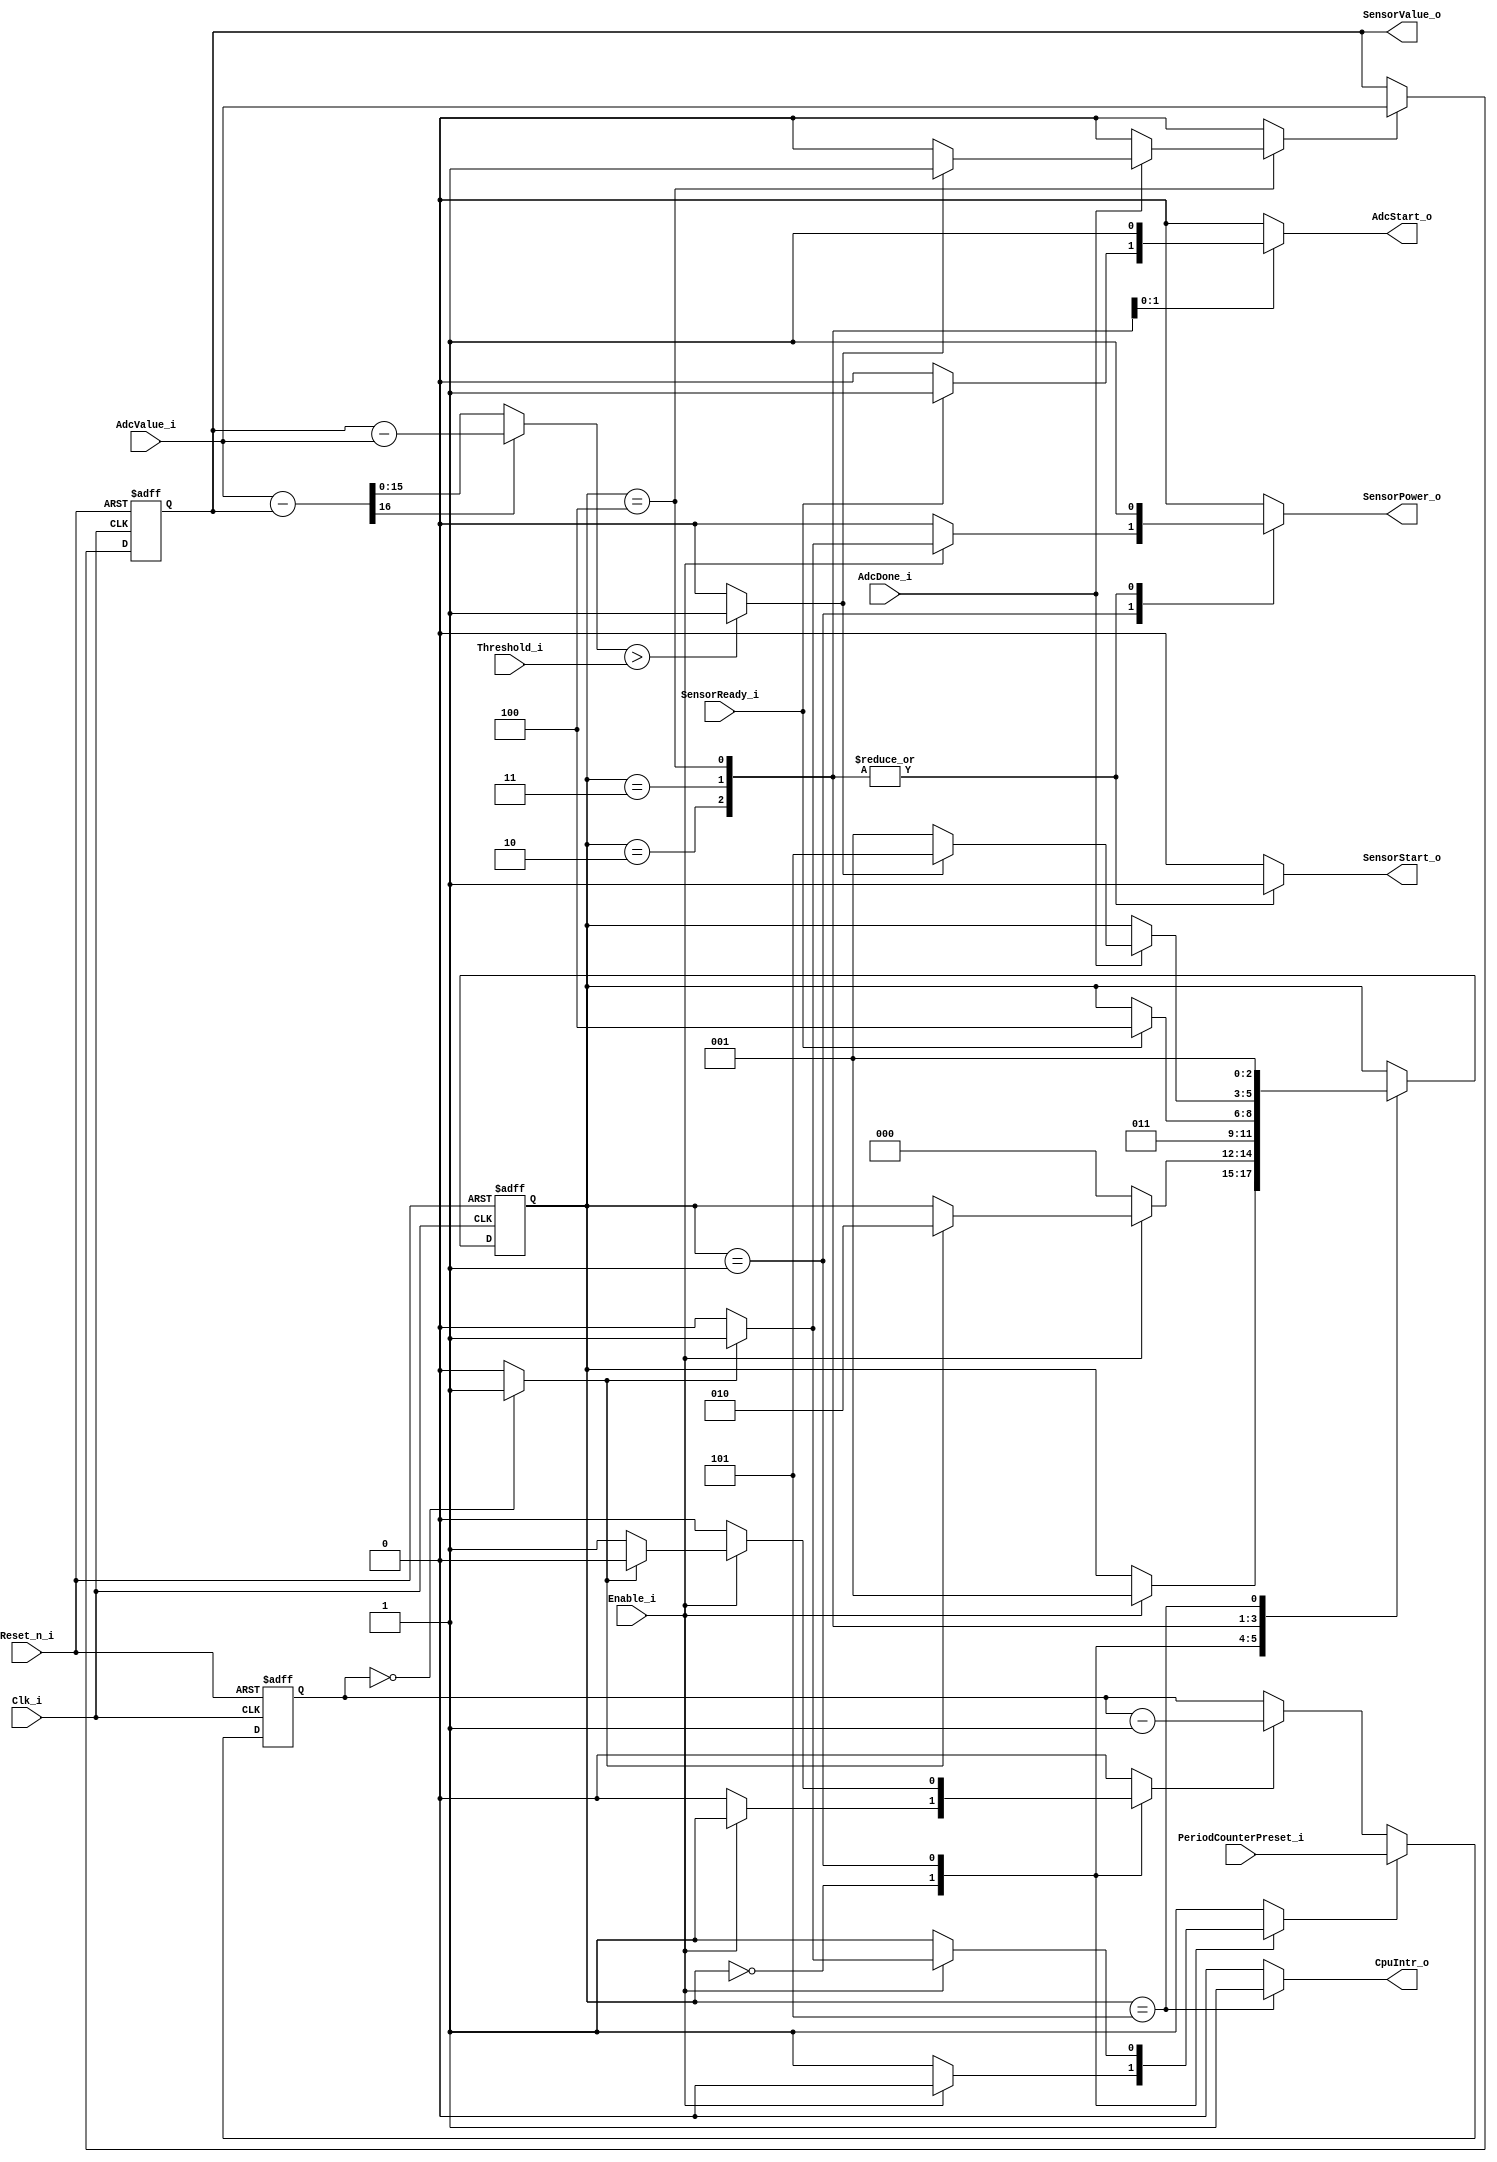
module ExtADC (
  (* intersynth_port = "Reset_n_i" *)
  input Reset_n_i,
  (* intersynth_port = "Clk_i" *)
  input Clk_i,
  (* intersynth_port = "ReconfModuleIn_s", intersynth_conntype = "Bit" *)
  input Enable_i,
  (* intersynth_port = "ReconfModuleIRQs_s", intersynth_conntype = "Bit" *)
  output reg CpuIntr_o,
  (* intersynth_port = "Outputs_o", intersynth_conntype = "Bit" *)
  output reg SensorPower_o,
  (* intersynth_port = "Outputs_o", intersynth_conntype = "Bit" *)
  output reg SensorStart_o,
  (* intersynth_port = "Inputs_i", intersynth_conntype = "Bit" *)
  input SensorReady_i,
  (* intersynth_port = "AdcDoConvert_o", intersynth_conntype = "Bit" *)
  output reg AdcStart_o,
  (* intersynth_port = "AdcConvComplete_i", intersynth_conntype = "Bit" *)
  input AdcDone_i,
  (* intersynth_port = "AdcValue_i", intersynth_conntype = "Word" *)
  input[15:0] AdcValue_i,
  (* intersynth_param = "PeriodCounterPreset_i", intersynth_conntype = "Word" *)
  input[15:0] PeriodCounterPreset_i,
  (* intersynth_param = "SensorValue_o", intersynth_conntype = "Word" *)
  output [15:0] SensorValue_o,
  (* intersynth_param = "Threshold_i", intersynth_conntype = "Word" *)
  input[15:0] Threshold_i
);

  // Sensor FSM
  localparam stDisabled     = 3'b000;
  localparam stIdle         = 3'b001;
  localparam stSensorPower  = 3'b010;
  localparam stSensorSettle = 3'b011;
  localparam stMeasure      = 3'b100;
  localparam stNotify       = 3'b101;
  reg  [2:0]             State;
  reg  [2:0]             NextState;
  wire                   TimerOvfl;
  reg                    TimerPreset;
  reg                    TimerEnable;
  wire                   DiffTooLarge;
  reg                    StoreNewValue;

  always @(negedge Reset_n_i or posedge Clk_i)
  begin
    if (!Reset_n_i)
    begin
      State <= stDisabled;
    end
    else
    begin // rising clock edge
      // state register
      State <= NextState;
    end  
  end

  always @(State, Enable_i, TimerOvfl, SensorReady_i, AdcDone_i, DiffTooLarge)
  begin  // process CombProc
    NextState     = State;
    // control signal default values
    TimerPreset   = 1'b1;
    TimerEnable   = 1'b0;
    SensorPower_o = 1'b0;
    SensorStart_o = 1'b0;
    AdcStart_o    = 1'b0;
    StoreNewValue = 1'b0;
    CpuIntr_o     = 1'b0;
    // next state and output logic
    case (State)
      stDisabled: begin
        if (Enable_i == 1'b1)
        begin
          NextState     = stIdle;
          TimerPreset   = 1'b0;
          TimerEnable   = 1'b1;
        end
      end
      stIdle: begin
        if (Enable_i == 1'b0)
        begin
          NextState     = stDisabled;
        end
        else
        if (TimerOvfl == 1'b1)
        begin
          NextState     = stSensorPower;
          SensorPower_o = 1'b1;
        end
        else
        begin
          TimerPreset   = 1'b0;
          TimerEnable   = 1'b1;
        end
      end
      stSensorPower: begin
        SensorPower_o = 1'b1;
        SensorStart_o = 1'b1;
        NextState     = stSensorSettle;
      end
      stSensorSettle: begin
        SensorPower_o = 1'b1;
        SensorStart_o = 1'b1;
        if (SensorReady_i == 1'b1) 
        begin
          NextState     = stMeasure;
          AdcStart_o    = 1'b1;
        end
      end
      stMeasure: begin
        SensorPower_o = 1'b1;
        SensorStart_o = 1'b1;
        AdcStart_o    = 1'b1;
        if (AdcDone_i == 1'b1)
        begin
          if (DiffTooLarge == 1'b1)
          begin
            NextState     = stNotify;
            StoreNewValue = 1'b1;  // store new value
          end
          else
          begin
            NextState     = stIdle;
          end
        end
      end
      stNotify: begin
        NextState     = stIdle;
        CpuIntr_o     = 1'b1;  // notify CPU
      end
      default: begin
      end
    endcase
  end 

  /////////////////////////////////////////////////////////////////////////////
  // Word Arithmetic //////////////////////////////////////////////////////////
  /////////////////////////////////////////////////////////////////////////////

  reg [15:0] Timer;
  
  always @(negedge Reset_n_i or posedge Clk_i)
  begin
    if (!Reset_n_i)
    begin
      Timer <= 16'd0;
    end
    else
    begin
      if (TimerPreset)
      begin
        Timer <= PeriodCounterPreset_i;
      end
      else if (TimerEnable)
      begin
        Timer <= Timer - 1'b1;
      end
    end  
  end

  assign TimerOvfl = (Timer == 0) ? 1'b1 : 1'b0;

  /////////////////////////////////////////////////////////////////////////////
  // Word Arithmetic
  // interconnecting signals
  reg  [15:0] Word0;
  wire [15:0] AbsDiffResult;

  always @(negedge Reset_n_i or posedge Clk_i)
  begin
    if (!Reset_n_i)
    begin
      Word0 <= 16'd0;
    end
    else
    begin
      if (StoreNewValue)
      begin
        Word0 <= AdcValue_i;
      end
    end  
  end

  wire [16:0] DiffAB;
  wire [15:0] DiffBA;
  assign DiffAB = {1'b0, AdcValue_i} - {1'b0, Word0};
  assign DiffBA =        Word0       -        AdcValue_i;
  assign AbsDiffResult = DiffAB[16] ? DiffBA : DiffAB[15:0];

  assign DiffTooLarge = (AbsDiffResult > Threshold_i) ? 1'b1 : 1'b0;

  assign SensorValue_o = Word0;

endmodule